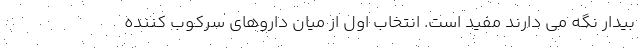
بیدار نگه می دارند مفید است. انتخاب اول از میان داروهای سرکوب کننده